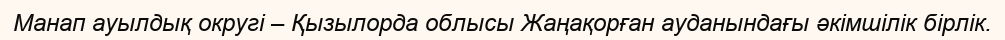
Манап ауылдық округі – Қызылорда облысы Жаңақорған ауданындағы әкімшілік бірлік.